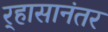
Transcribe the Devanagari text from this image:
र्‍हासानंतर